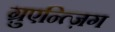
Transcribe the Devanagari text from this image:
ग़्रुएन्त्ज़िग